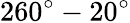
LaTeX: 260^{\circ}-20^{\circ}